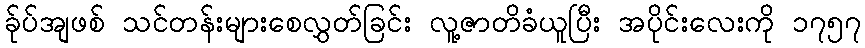
ခ်ုပ်အျဖစ် သင်တန်းများစေလွှတ်ခြင်း လူ့ဇာတိခံယူပြီး အပိုင်းလေးကို ၁၇၅၇